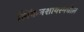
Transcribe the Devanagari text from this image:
लिंकनशायरमधील